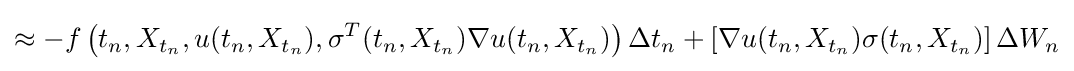
\approx -f\left(t_{n},X_{t_{n}},u(t_{n},X_{t_{n}}),\sigma ^{T}(t_{n},X_{t_{n}})\nabla u(t_{n},X_{t_{n}})\right)\Delta t_{n}+\left[\nabla u(t_{n},X_{t_{n}})\sigma (t_{n},X_{t_{n}})\right]\Delta W_{n}